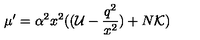
\mu ^ { \prime } = \alpha ^ { 2 } x ^ { 2 } ( ( { \cal U } - \frac { q ^ { 2 } } { x ^ { 2 } } ) + N { \cal K } )